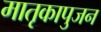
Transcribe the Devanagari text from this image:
मातृकापुजन